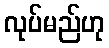
လုပ်မည်ဟု